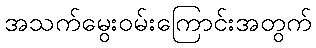
အသက်မွေးဝမ်းကြောင်းအတွက်